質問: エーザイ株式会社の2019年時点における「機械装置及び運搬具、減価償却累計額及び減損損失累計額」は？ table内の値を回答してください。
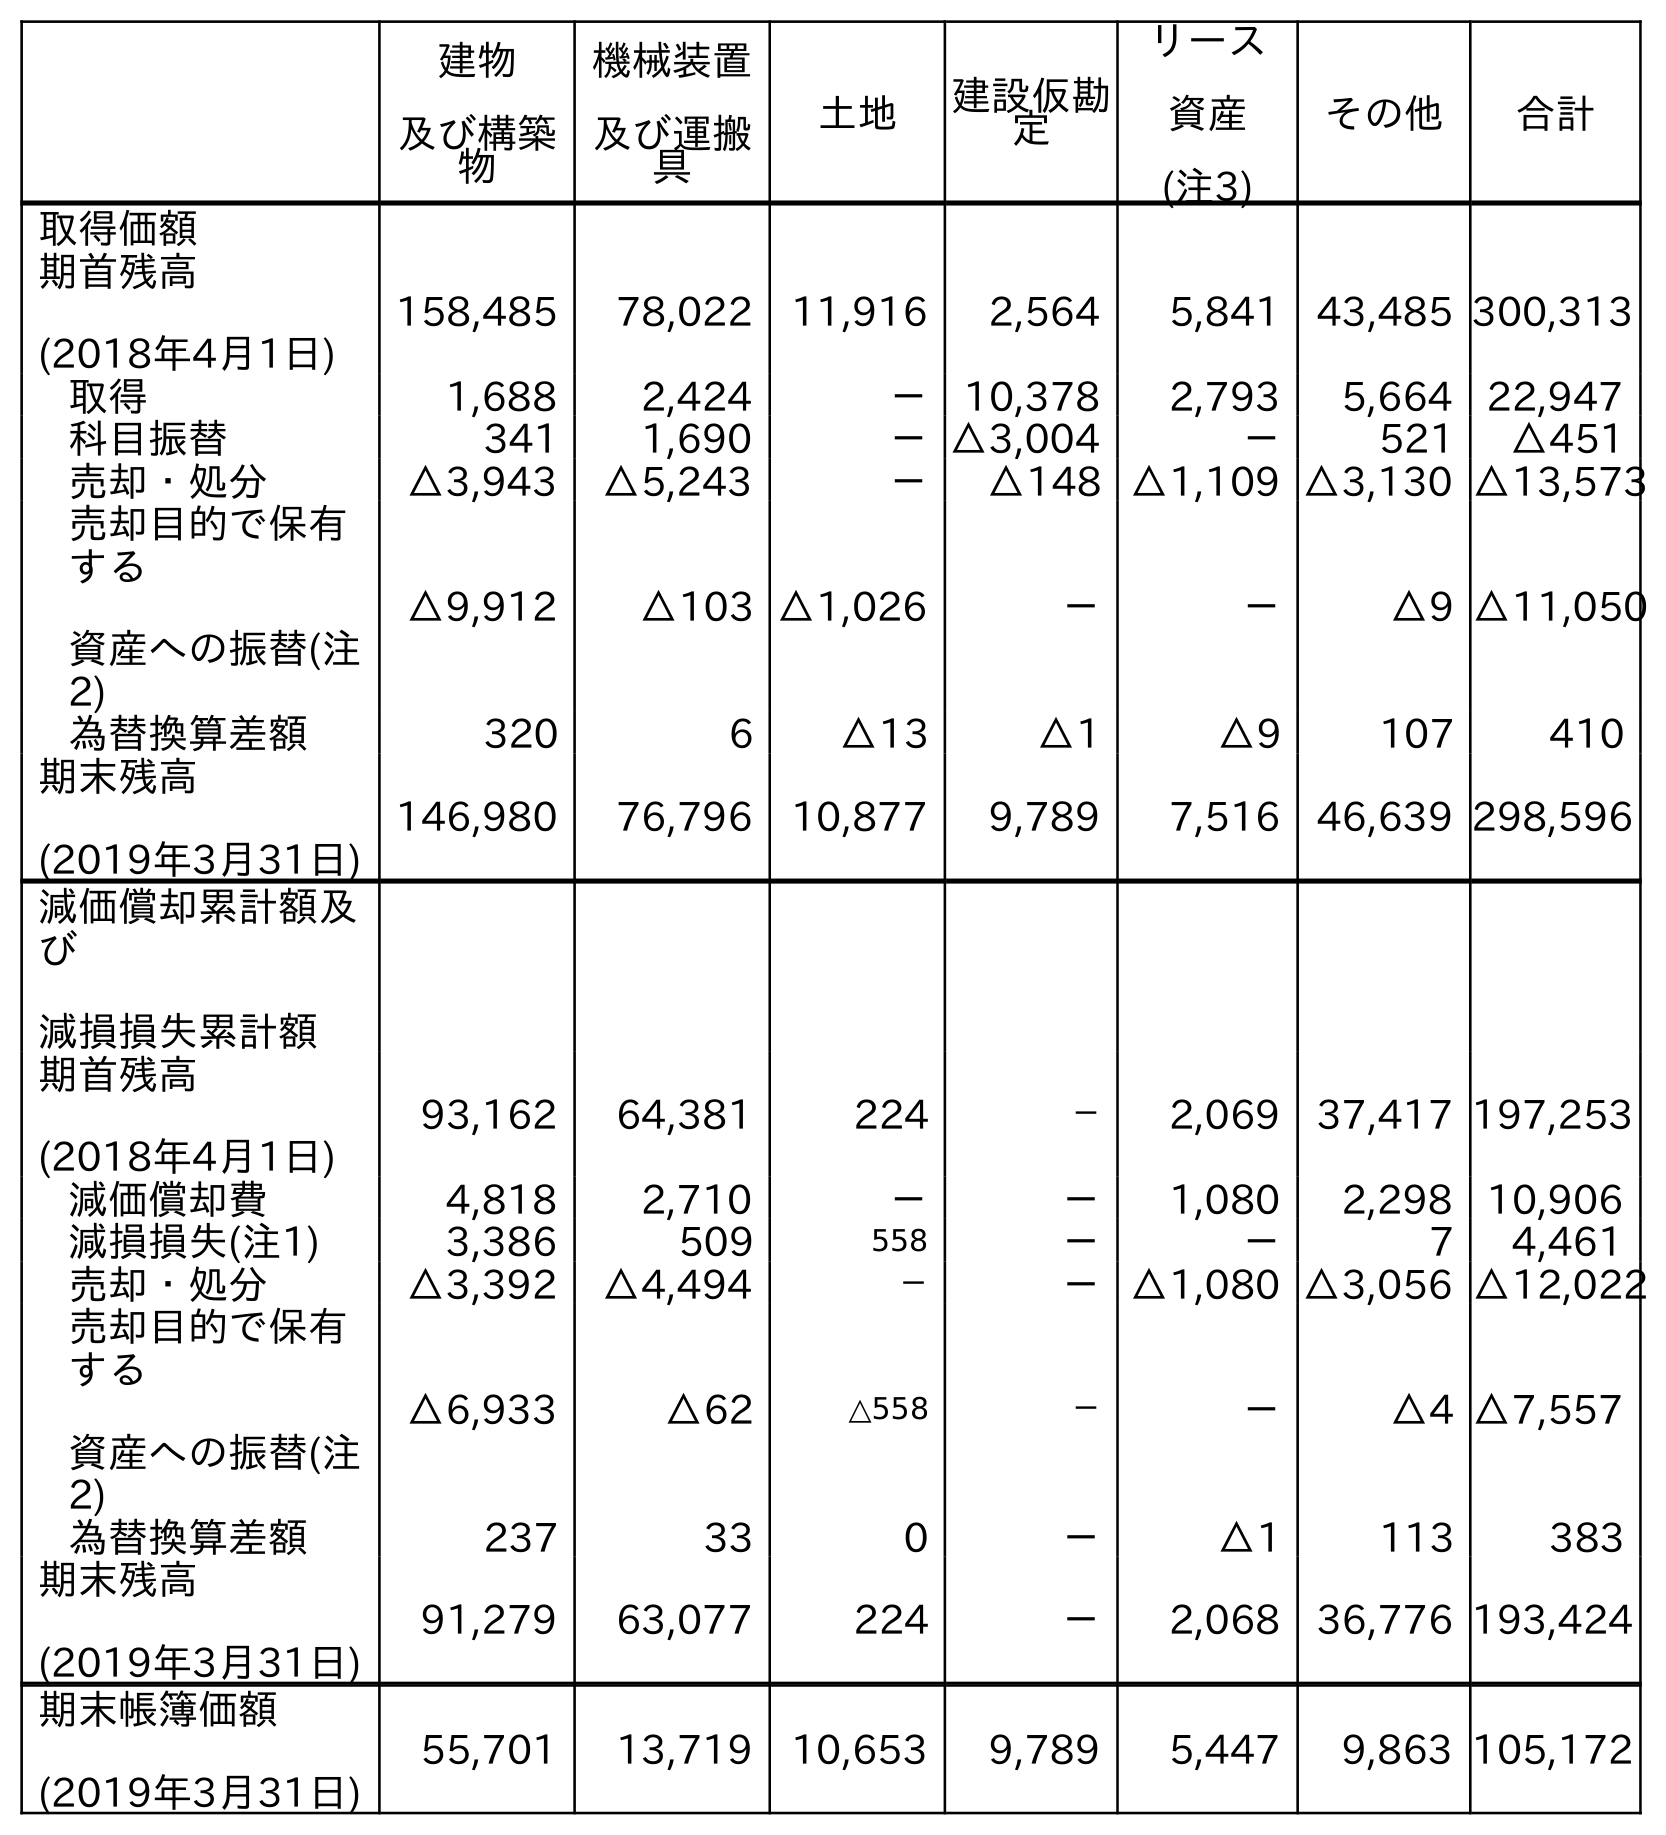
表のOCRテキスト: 建物 及び構築 物 機械装置 及び運搬 具 土地 建設仮勘 定 リース 資産 (注3) その他 合計 取得価額 期首残高 (2018年4月1日) 158,485 78,022 11,916 2,564 5,841 43,485 300,313 取得 1,688 2,424 － 10,378 2,793 5,664 22,947 科目振替 341 1,690 －△3,004 － 521 △451 売却・処分 △3,943 △5,243 － △148 △1,109 △3,130 △13,573 売却目的で保有 する 資産への振替(注 2) △9,912 △103 △1,026 － － △9 △11,050 為替換算差額 320 6 △13 △1 △9 107 410 期末残高 (2019年3月31日) 146,980 76,796 10,877 9,789 7,516 46,639 298,596 減価償却累計額及 び 減損損失累計額 期首残高 (2018年4月1日) 93,162 64,381 224 － 2,069 37,417 197,253 減価償却費 4,818 2,710 － － 1,080 2,298 10,906 減損損失(注1) 3,386 509 558 － － 7 4,461 売却・処分 △3,392 △4,494 － －△1,080 △3,056 △12,022 売却目的で保有 する 資産への振替(注 2) △6,933 △62 △558 － － △4 △7,557 為替換算差額 237 33 0 － △1 113 383 期末残高 (2019年3月31日) 91,279 63,077 224 － 2,068 36,776 193,424 期末帳簿価額 (2019年3月31日) 55,701 13,719 10,653 9,789 5,447 9,863 105,172
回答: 63,077